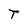
Character: T